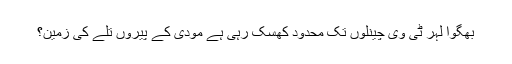
بھگوا لہر ٹی وی چینلوں تک محدود کھسک رہی ہے مودی کے پیروں تلے کی زمین؟